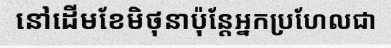
នៅដើមខែមិថុនាប៉ុន្តែអ្នកប្រហែលជា